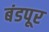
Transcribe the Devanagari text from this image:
बंडपूर